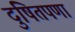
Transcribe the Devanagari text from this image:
दुषितपणा